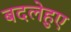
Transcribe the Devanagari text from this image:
बदलेहुए